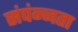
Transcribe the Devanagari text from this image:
संपंन्नता